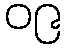
၀၉